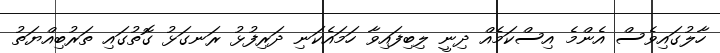
ހާލުގައިވެސް އެންމެ އިސްކަމެއް ދިނީ ލިބިފައިވާ ހަމައެކަނި ދަރިފުޅު ރަނގަޅު ގޮތުގައި ތަރުބިއްޔަތު